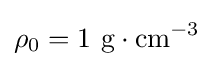
\rho _{0}=1\ \mathrm {g} \cdot \mathrm {cm} ^{-3}